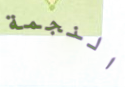
النجمة